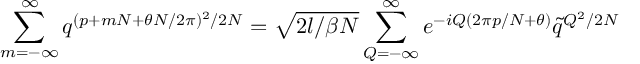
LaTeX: \sum _ { m = - \infty } ^ { \infty } q ^ { ( p + m N + \theta N / 2 \pi ) ^ { 2 } / 2 N } = \sqrt { 2 l / \beta N } \sum _ { Q = - \infty } ^ { \infty } e ^ { - i Q ( 2 \pi p / N + \theta ) } \tilde { q } ^ { Q ^ { 2 } / 2 N }